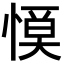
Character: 𢞹